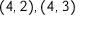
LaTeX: ( 4 , 2 ) , ( 4 , 3 )